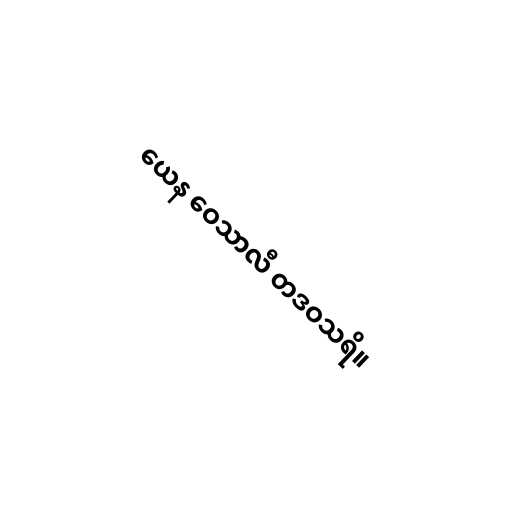
ယေန ဝေသာလီ တဒဝသရိ။